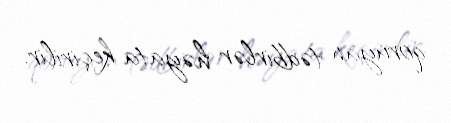
qoruyan tədbirlər həyata keçirilir.